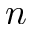
n